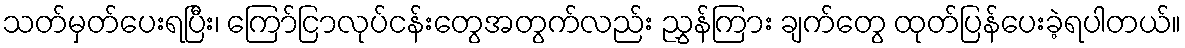
သတ်မှတ်ပေးရပြီး၊ ကြော်ငြာလုပ်ငန်းတွေအတွက်လည်း ညွှန်ကြား ချက်တွေ ထုတ်ပြန်ပေးခဲ့ရပါတယ်။